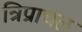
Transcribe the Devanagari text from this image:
त्रिप्राचल